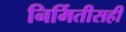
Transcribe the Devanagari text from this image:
निर्मितीसही